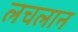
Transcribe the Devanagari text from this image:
लचलान